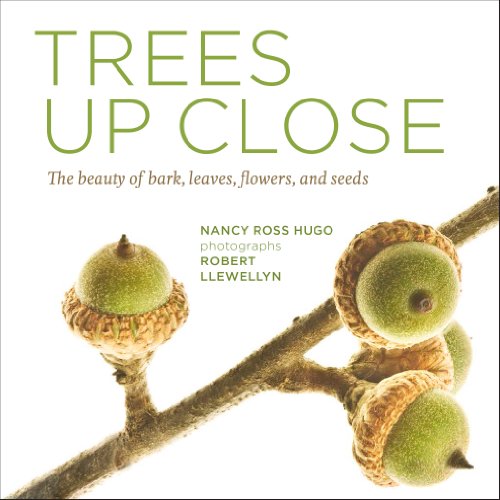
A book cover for Trees Up Close: The Beauty of Their Bark, Leaves, Flowers, and Seeds; Nancy Ross Hugo; Crafts, Hobbies & Home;